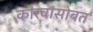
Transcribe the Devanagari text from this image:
कौरवांसोबत